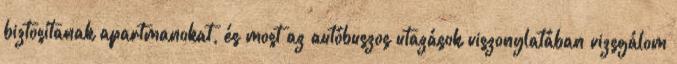
biztosítanak apartmanokat, és most az autóbuszos utazások viszonylatában vizsgálom